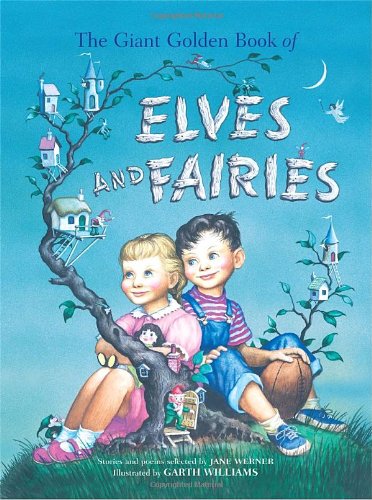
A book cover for The Giant Golden Book of Elves and Fairies (A Golden Classic); Jane Werner; Children's Books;